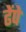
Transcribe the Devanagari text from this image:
ढेंपे